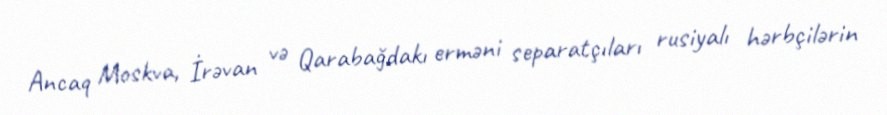
Ancaq Moskva, İrəvan və Qarabağdakı erməni separatçıları rusiyalı hərbçilərin